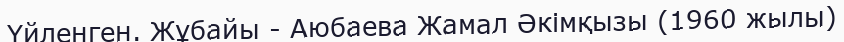
Үйленген. Жұбайы - Аюбаева Жамал Әкімқызы (1960 жылы)